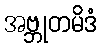
အဗ္ဘုတမိဒံ